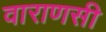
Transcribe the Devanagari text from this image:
वाराणसी